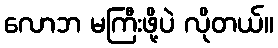
လောဘ မကြီးဖို့ပဲ လိုတယ်။